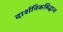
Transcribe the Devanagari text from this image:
दार्शनिकसिद्धान्त